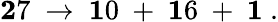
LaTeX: {\mathbf 27}\ \to\ {\mathbf 10}\ +\ {\mathbf 16}\ +\ {\mathbf 1}\ .